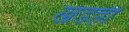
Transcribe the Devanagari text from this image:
खंडही